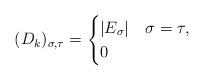
LaTeX: \begin{align*} (D_k)_{\sigma,\tau}=\begin{cases} |E_{\sigma}| & \sigma=\tau,\\ 0 & \end{cases}\end{align*}